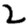
Digit: 2